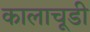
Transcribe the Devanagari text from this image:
कालाचूडी